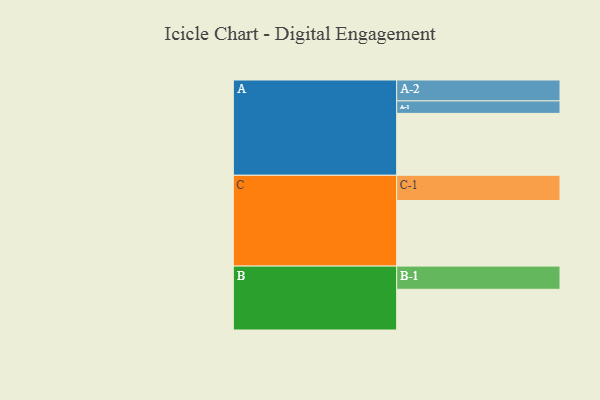
{"axis": {"x": "Segment", "y": "Value"}, "legend": ["", "A", "B", "C"], "data": [{"x": "A", "y": 566, "type": ""}, {"x": "B", "y": 372, "type": ""}, {"x": "C", "y": 599, "type": ""}, {"x": "A-1", "y": 114, "type": "A"}, {"x": "A-2", "y": 191, "type": "A"}, {"x": "B-1", "y": 212, "type": "B"}, {"x": "C-1", "y": 231, "type": "C"}]}